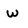
Character: w